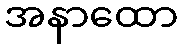
အနာထော